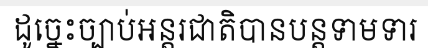
ដូច្នេះច្បាប់អន្តរជាតិបានបន្តទាមទារ